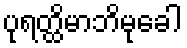
ပုရတ္ထိမာဘိမုခေါ